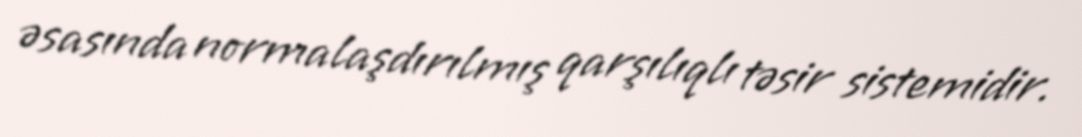
əsasında normalaşdırılmış qarşılıqlı təsir sistemidir.